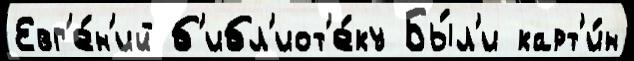
Евг'е́н'ий б'ибл'иот'е́ку Бы́л'и карт'и́н